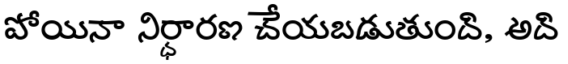
పోయినా నిర్ధారణ చేయబడుతుంది, అది